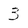
Character: 3